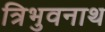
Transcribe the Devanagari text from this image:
त्रिभुवनाथ